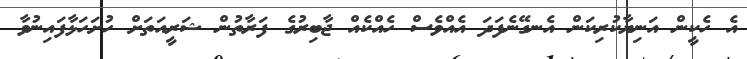
އެ ހެކީން އަނިޔާކުރިކަން އެނގޭނެފަދަ އެއްވެސް ހެއްކެއް ޖާބިރުގެ ފަރާތުން ޝަރީއަތަށް ހުށަހަޅާފައިނުވާ